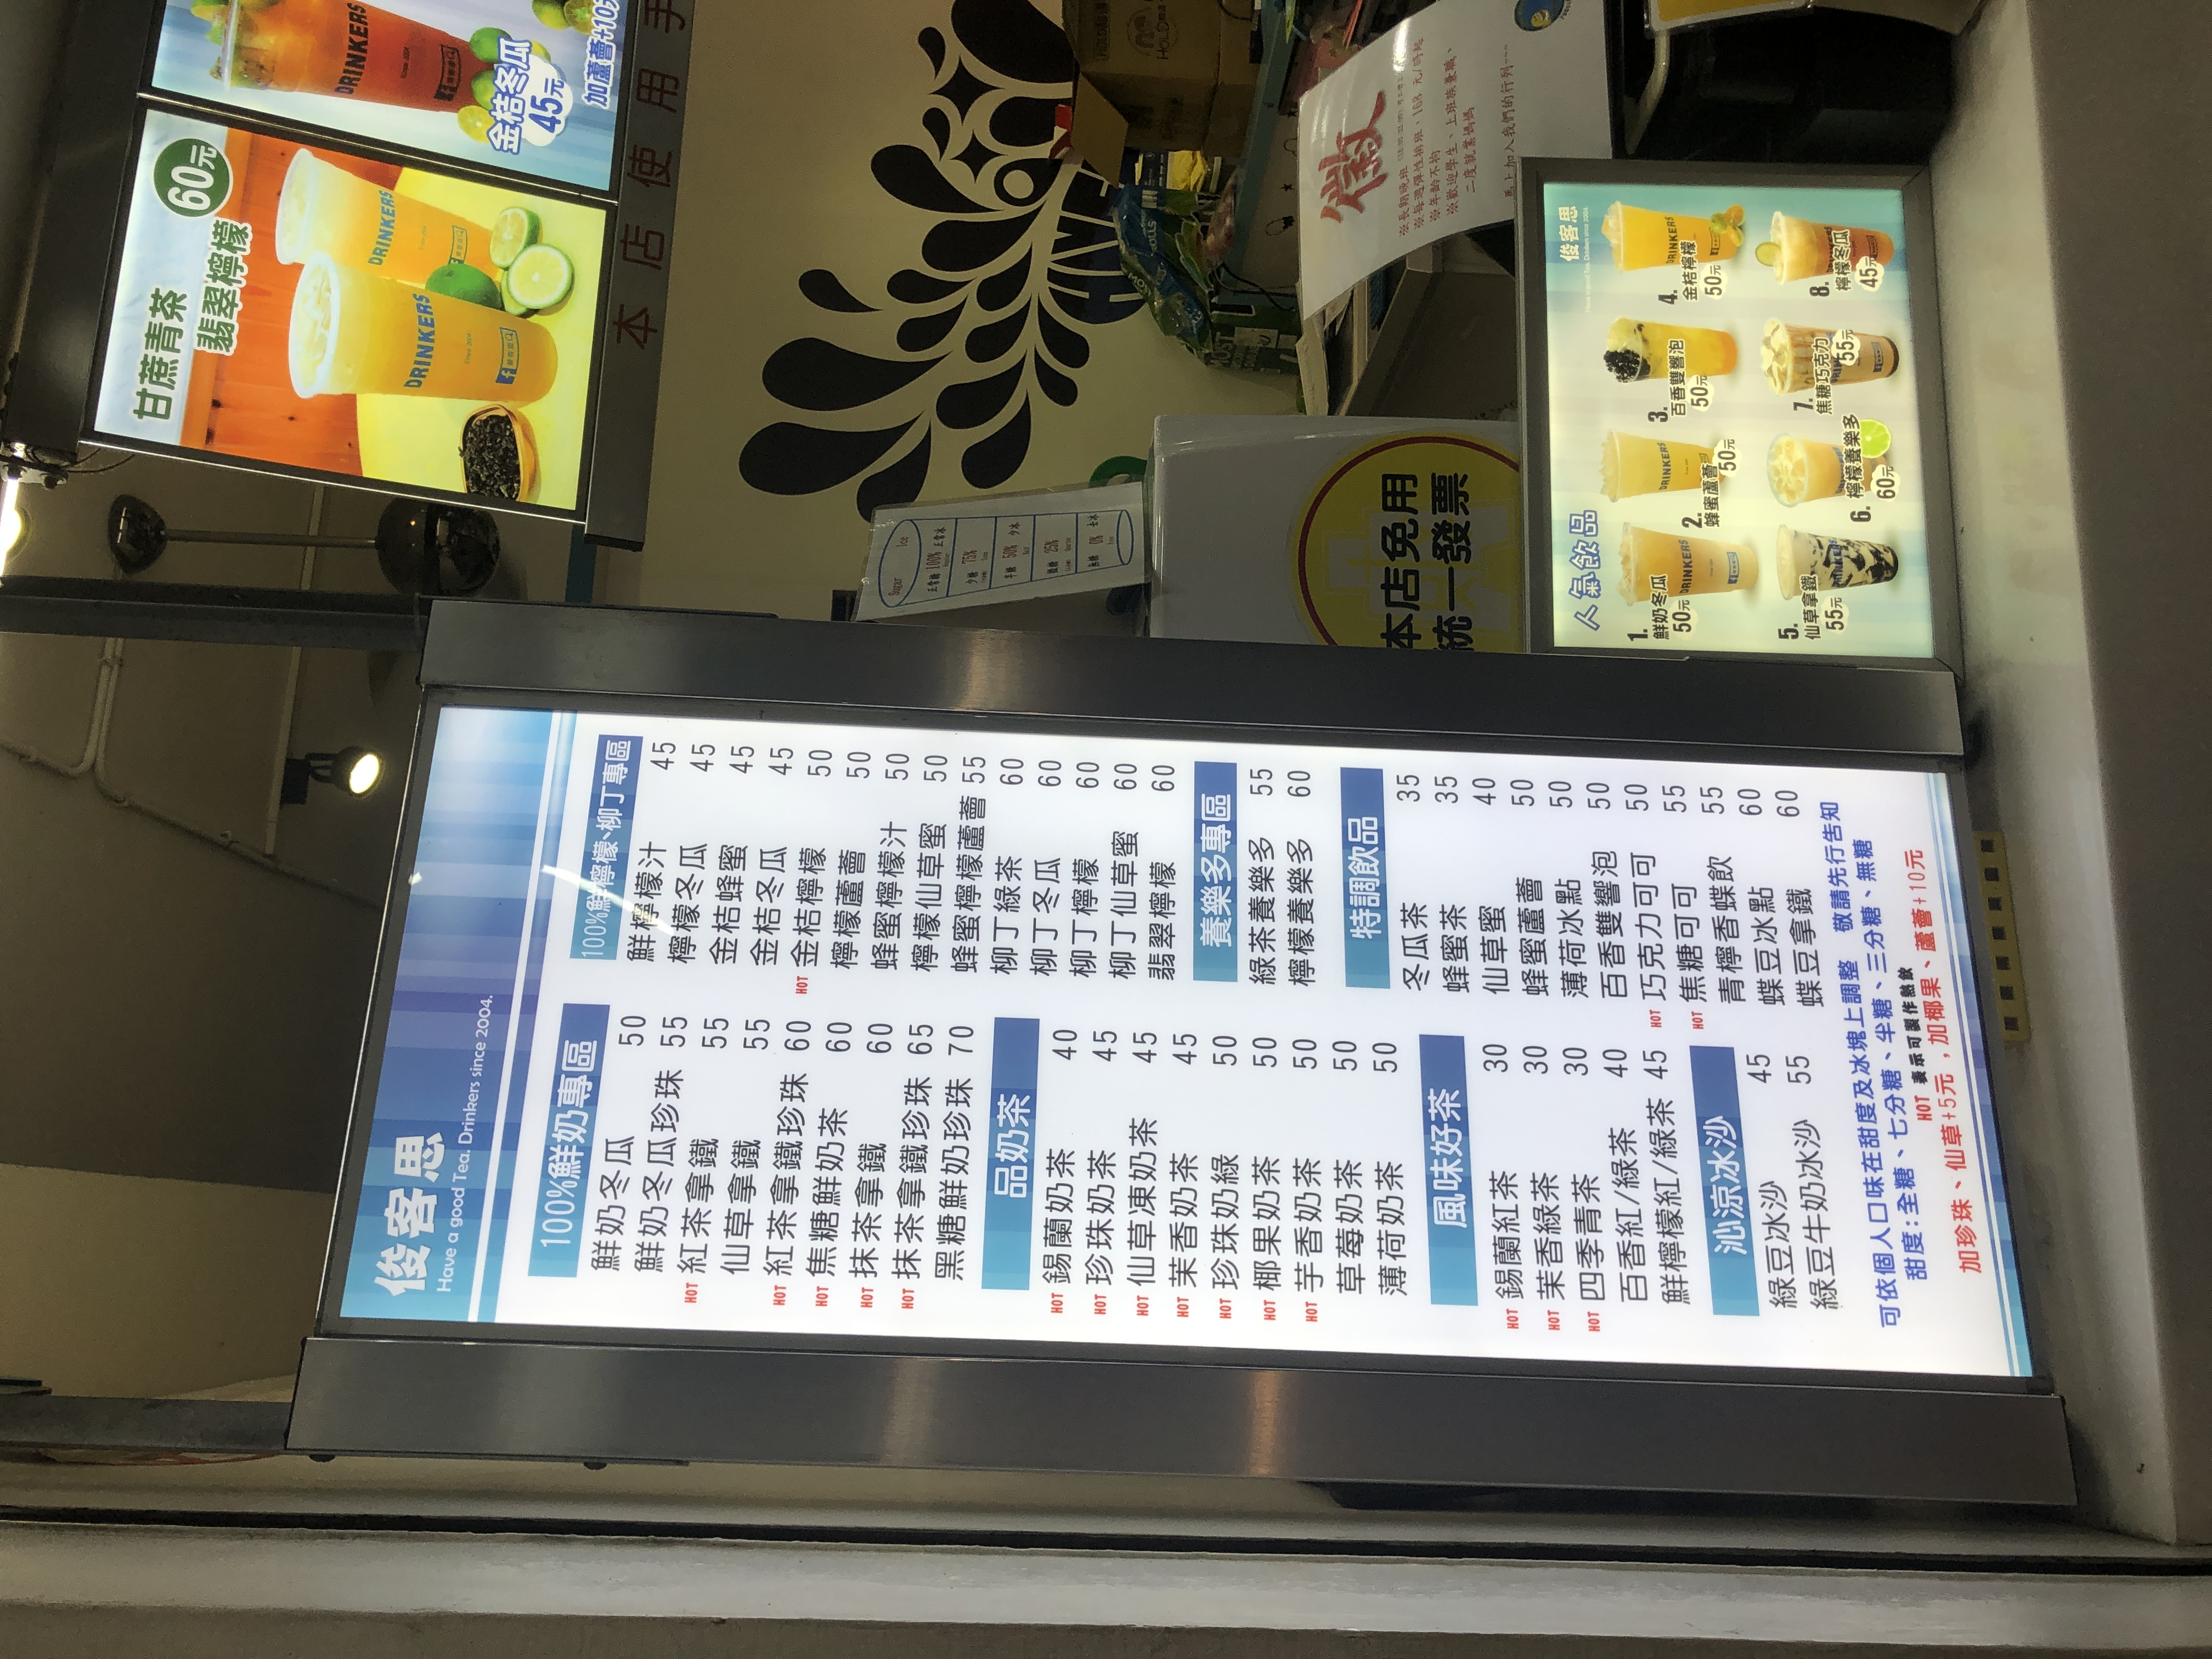
餐廳：俊客思
菜單：
name: 甘蔗青茶
price: 60
name: 翡翠檸檬
price: 60
name: 鮮檸檬汁
price: 45
name: 檸檬冬瓜
price: 45
name: 金桔蜂蜜
price: 45
name: 金桔冬瓜
price: 45
name: 金桔檸檬
price: 50
name: 檸檬柳丁
price: 50
name: 檸檬蜜
price: 50
name: 柳丁冬瓜
price: 55
name: 柳丁檸檬
price: 55
name: 檸檬蘆薈
price: 60
name: 蜂蜜檸檬汁
price: 60
name: 檸檬仙草蜜
price: 65
name: 蜂蜜檸檬蘆薈
price: 70
name: 鮮奶冬瓜
price: 50
name: 鮮奶冬瓜珍珠
price: 55
name: 紅茶拿鐵
price: 55
name: 紅茶拿鐵珍珠
price: 60
name: 抹茶拿鐵
price: 60
name: 抹茶拿鐵珍珠
price: 65
name: 黑糖鮮奶珍珠
price: 70
name: 錫蘭奶茶
price: 40
name: 錫蘭奶茶珍珠
price: 45
name: 仙草凍奶茶
price: 50
name: 茉香奶茶
price: 50
name: 珍珠奶茶
price: 50
name: 椰果奶茶
price: 50
name: 芋香奶茶
price: 50
name: 薄荷奶茶
price: 50
name: 錫蘭紅茶
price: 30
name: 茉香綠茶
price: 30
name: 四季青茶
price: 30
name: 鮮檸檬紅/綠茶
price: 40
name: 百香紅/綠茶
price: 45
name: 綠豆冰沙
price: 55
name: 綠豆牛奶冰沙
price: 60
name: 綠茶養樂多
price: 55
name: 檸檬養樂多
price: 60
name: 冬瓜茶
price: 35
name: 蜂蜜茶
price: 35
name: 仙草蜜
price: 40
name: 蜂蜜蘆薈
price: 50
name: 薄荷冰點
price: 50
name: 百香雙響泡
price: 50
name: 焦糖可可
price: 55
name: 青檸香碟飲
price: 55
name: 蝶豆冰點
price: 60
name: 蝶豆拿鐵
price: 60
name: 仙草拿鐵
price: 55
name: 焦糖巧克力
price: 55